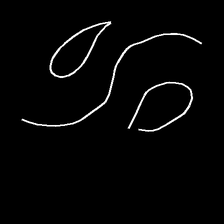
Glyph: water